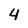
Character: 4